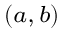
\scriptstyle ( a , \, b )